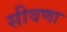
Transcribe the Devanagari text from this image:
सीवणा